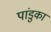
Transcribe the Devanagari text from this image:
पांडुका